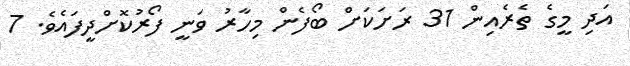
އަދި މީގެ ތެރެއިން 31 ރަށަކަށް ބޯފެން މިހާރު ވަނީ ފޯރުކޮށްދީފައެވެ. 7